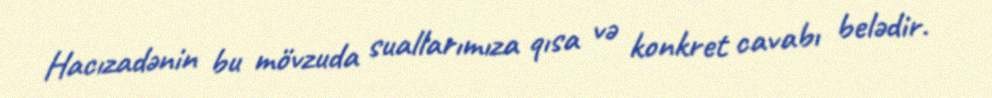
Hacızadənin bu mövzuda suallarımıza qısa və konkret cavabı belədir.